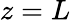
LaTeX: z=L